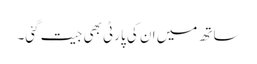
ساتھ میں ان کی پارٹی بھی جیت گئی۔